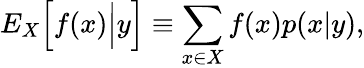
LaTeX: {E}_{X}\Big[f(x)\Big|y\Big]\equiv\sum_{x\in X}f(x)p(x|y),